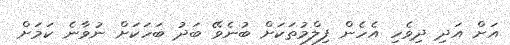
އަށް އަދި ދިވެހި އެހެން ފިލްމުތަކަށް ބުނެވޭ ބަދު ބަހަކަށް ނުވާނެ ކަމަށް